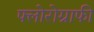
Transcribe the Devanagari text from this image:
फ्लोरोग्राफी